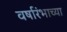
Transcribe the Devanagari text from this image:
वर्षारंभाच्या